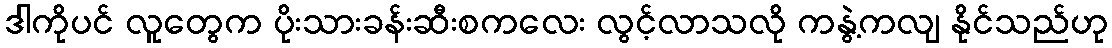
ဒါကိုပင် လူတွေက ပိုးသားခန်းဆီးစကလေး လွင့်လာသလို ကနွဲ့ကလျ နိုင်သည်ဟု